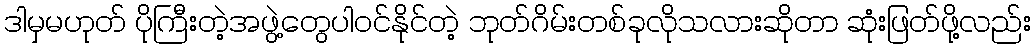
ဒါမှမဟုတ် ပိုကြီးတဲ့အဖွဲ့တွေပါဝင်နိုင်တဲ့ ဘုတ်ဂိမ်းတစ်ခုလိုသလားဆိုတာ ဆုံးဖြတ်ဖို့လည်း